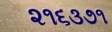
૨૧૬૩૭૧